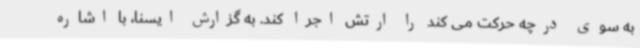
به سوی درچه حرکت می کند را ارتش اجرا کند. به گزارش ایسنا، با اشاره